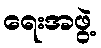
ရေးအဖွဲ့